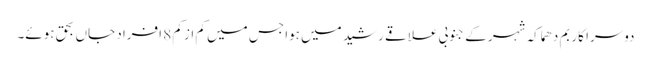
دوسرا کار بم دھماکہ شہر کے جنوبی علاقے رشید میں ہوا جس میں کم از کم 8 افراد جاں بحق ہوئے۔